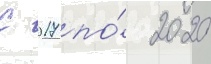
С 2017 по́ 2020